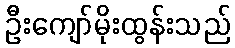
ဦးကျော်မိုးထွန်းသည်